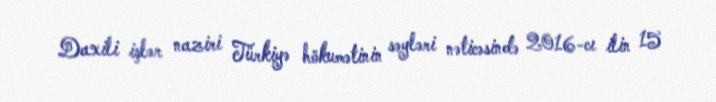
Daxili işlər naziri Türkiyə hökumətinin səyləri nəticəsində 2016-cı ilin 15